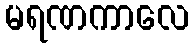
မရဏကာလေ